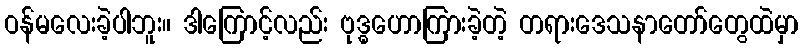
ဝန်မလေးခဲ့ပါဘူး။ ဒါကြောင့်လည်း ဗုဒ္ဓဟောကြားခဲ့တဲ့ တရားဒေသနာတော်တွေထဲမှာ